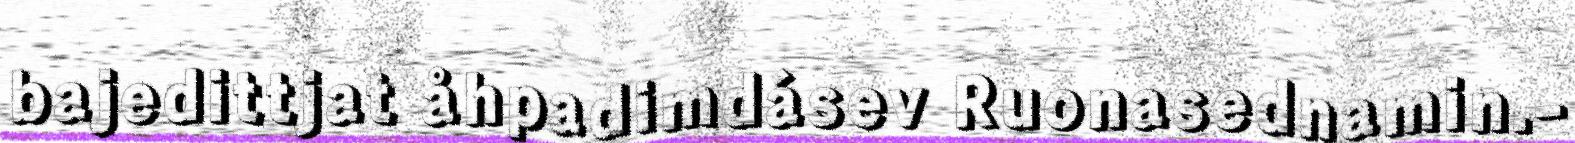
bajedittjat åhpadimdásev Ruonasednamin.-